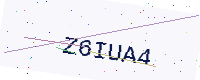
Text: Z6IUA4